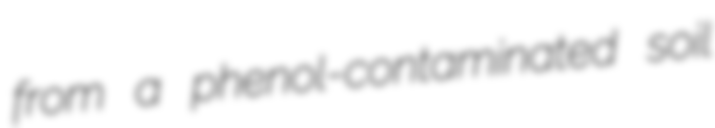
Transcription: from a phenol-contaminated soil